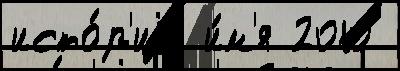
исто́р'иjи и́м'я 2010